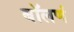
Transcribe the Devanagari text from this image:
बॉलणं